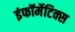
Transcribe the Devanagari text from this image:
इंफॉर्मेटिक्स